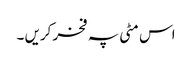
اس مٹی پہ فخر کریں ۔